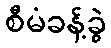
စီမံခန့်ခွဲ